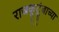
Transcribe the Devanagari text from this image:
राजकूटूंबाच्या